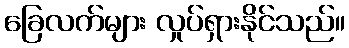
ခြေလက်များ လှုပ်ရှားနိုင်သည်။